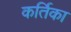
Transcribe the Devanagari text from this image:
कर्तिका